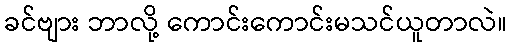
ခင်ဗျား ဘာလို့ ကောင်းကောင်းမသင်ယူတာလဲ။